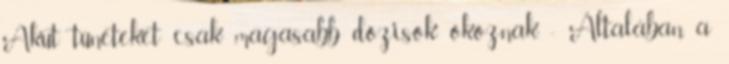
Akut tüneteket csak magasabb dózisok okoznak. - Általában, a